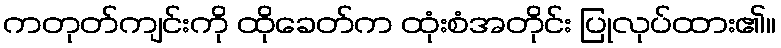
ကတုတ်ကျင်းကို ထိုခေတ်က ထုံးစံအတိုင်း ပြုလုပ်ထား၏။